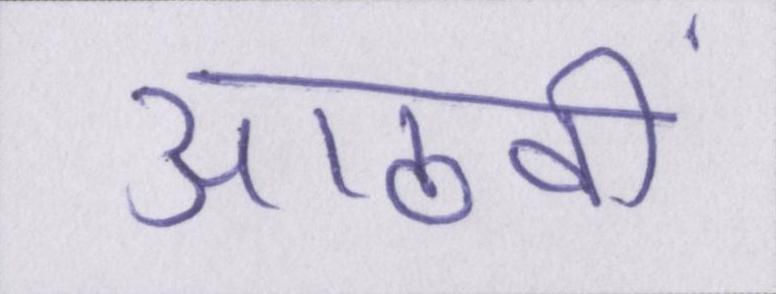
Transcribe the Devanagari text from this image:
आठवीं